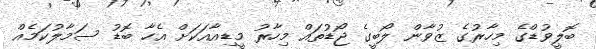
ބޮލީވުޑްގެ މިހާރުގެ ޒުވާން ލޯބީގެ ޖޯޑުތައް މިހާރު މީޑިއާއަކަށް އެހާ ބޮޑު ސަމާލުކަމެއް